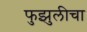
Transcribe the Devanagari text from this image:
फुझुलीचा